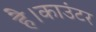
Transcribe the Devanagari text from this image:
है।काउंटर